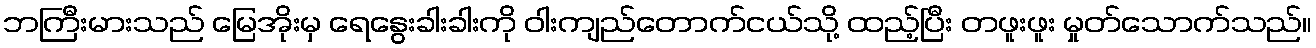
ဘကြီးမားသည် မြေအိုးမှ ရေနွေးခါးခါးကို ဝါးကျည်တောက်ငယ်သို့ ထည့်ပြီး တဖူးဖူး မှုတ်သောက်သည်။